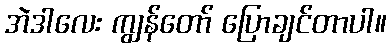
အဲဒါလေး ကျွန်တော် ပြောချင်တာပါ။